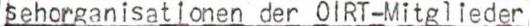
sehorganisationen der OlRT-Mitglieder